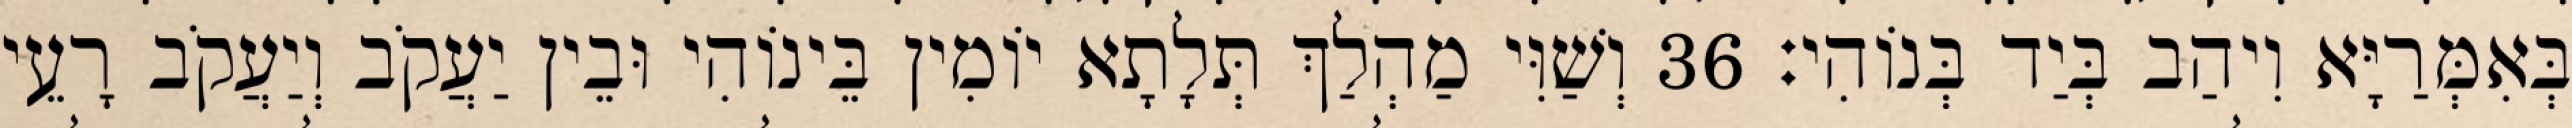
בְּאִמְּרַיָּא וִיהַב בְּיַד בְּנוֹהִי׃ 36 וְשַׁוִּי מַהְלַךְ תְּלָתָא יוֹמִין בֵּינוֹהִי וּבֵין יַעֲקֹב וְיַעֲקֹב רָעֵי